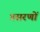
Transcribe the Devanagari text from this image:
प्रसरणों